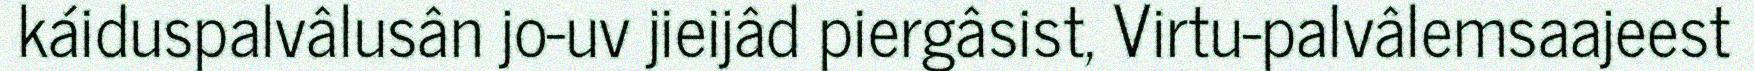
káiduspalvâlusân jo-uv jieijâd piergâsist, Virtu-palvâlemsaajeest